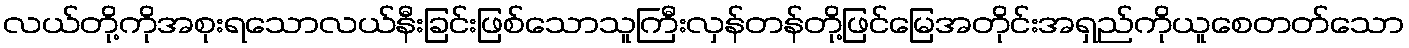
လယ်တို့ကိုအစုးရသောလယ်နီးခြင်းဖြစ်သောသူကြီးလှန်တန်တို့ဖြင်မြေအတိုင်းအရှည်ကိုယူစေတတ်သော